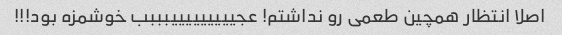
اصلا انتظار همچین طعمی رو نداشتم! عجیییییییییبببب خوشمزه بود!!!